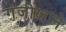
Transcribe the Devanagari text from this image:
गंजीखाने